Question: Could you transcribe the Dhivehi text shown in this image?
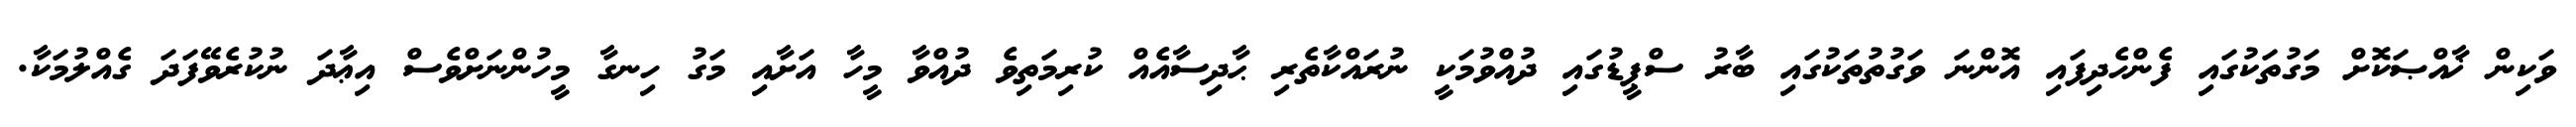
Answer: ވަކިން ޚާއްޞަކޮށް މަގުތަކުގައި ފެންހެދިފައި އޮންނަ ވަގުތުތަކުގައި ބާރު ސްޕީޑުގައި ދުއްވުމަކީ ނުރައްކާތެރި ޙާދިސާއެއް ކުރިމަތިވެ ދުއްވާ މީހާ އަށާއި މަގު ހިނގާ މީހުންނަށްވެސް އިޢާދަ ނުކުރެވޭފަދަ ގެއްލުމަކާ.